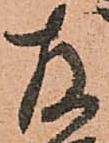
存